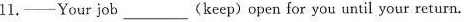
11.___Your job (keep)open for you until your return.